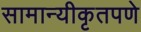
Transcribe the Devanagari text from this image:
सामान्यीकृतपणे